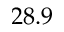
2 8 . 9